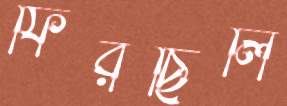
ফিরছিলি